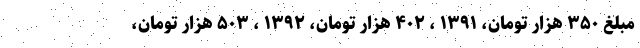
مبلغ ۳۵۰ هزار تومان، ۱۳۹۱ ، ۴۰۲ هزار تومان، ۱۳۹۲ ، ۵۰۳ هزار تومان،